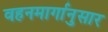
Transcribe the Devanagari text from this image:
वहनमार्गानुसार